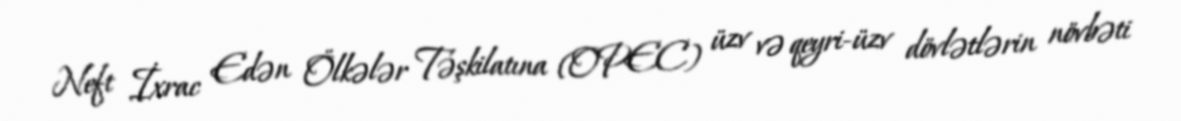
Neft İxrac Edən Ölkələr Təşkilatına (OPEC) üzv və qeyri-üzv dövlətlərin növbəti